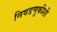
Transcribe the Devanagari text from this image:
निवडणुकीशी